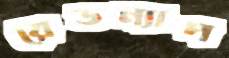
রেডন্যাপ